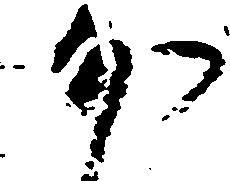
沙